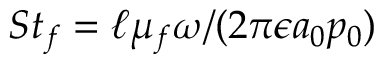
S t _ { f } = \ell \mu _ { f } \omega / ( 2 \pi \epsilon a _ { 0 } p _ { 0 } )